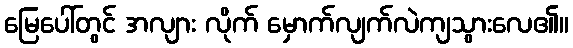
မြေပေါ်တွင် အလျား လိုက် မှောက်လျက်လဲကျသွားလေ၏။